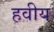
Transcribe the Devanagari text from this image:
हवीय